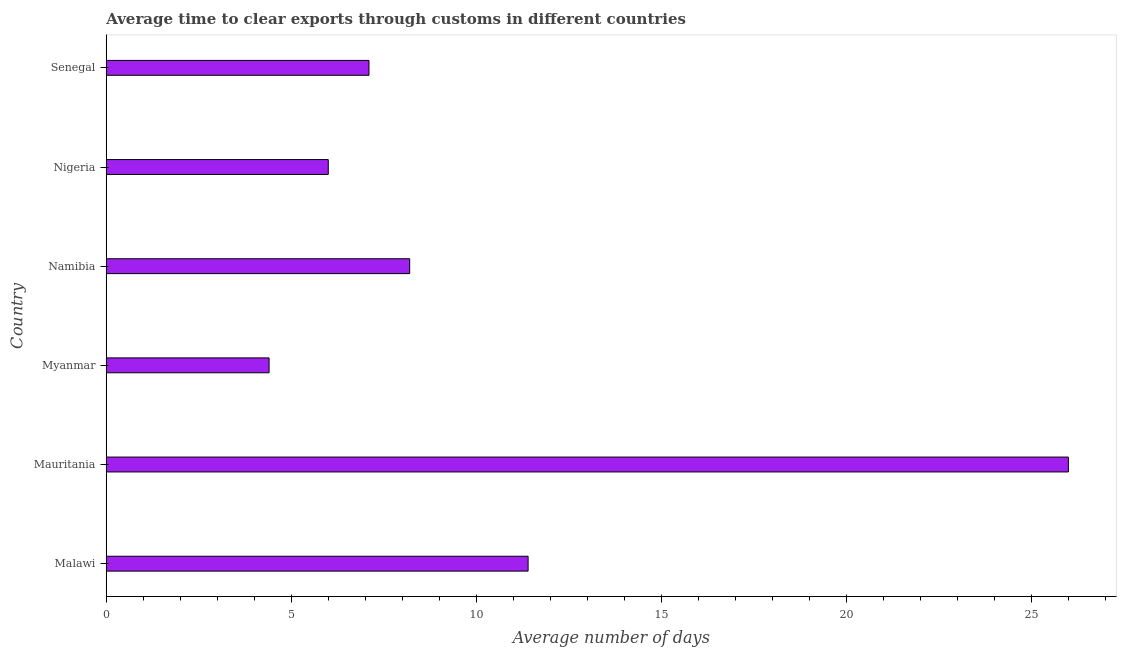
| Country | Time to clear exports through customs |
 | --- | --- |
 | Malawi | 11.4 |
 | Mauritania | 26 |
 | Myanmar | 4.4 |
 | Namibia | 8.2 |
 | Nigeria | 6 |
 | Senegal | 7.1 |